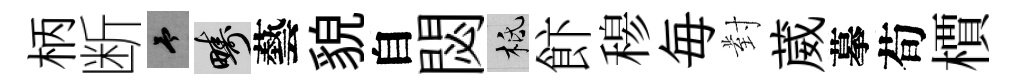
柄断予疇藝貌自閟柢飰𥠇毎對葳摹荀檟